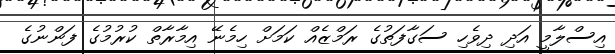
އިސްލާމީ އަދި ދިވެހި ސަގާފަތުގެ ރަމްޒެއް ކަމަށް ހިމެނޭ އިމާރާތް ކުރުމުގެ ފަންނުގެ